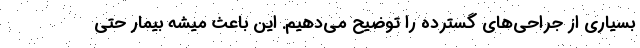
بسیاری از جراحی‌های گسترده را توضیح می‌دهیم. این باعث میشه بیمار حتی